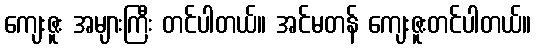
ကျေးဇူး အများကြီး တင်ပါတယ်။ အင်မတန် ကျေးဇူးတင်ပါတယ်။